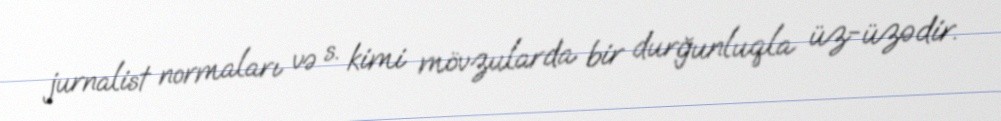
jurnalist normaları və s. kimi mövzularda bir durğunluqla üz-üzədir.